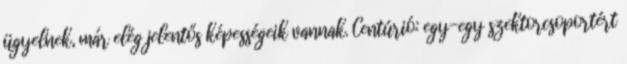
ügyelnek, már elég jelentős képességeik vannak. Centúrió: egy-egy szektorcsoportért